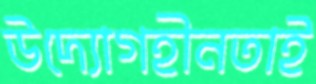
উদ্যোগহীনতাই